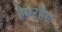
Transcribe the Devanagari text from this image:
हैमरहैड